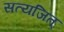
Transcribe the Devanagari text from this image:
सत्यजित्